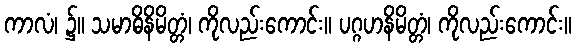
ကာလံ၊ ၌။ သမာဓိနိမိတ္တံ၊ ကိုလည်းကောင်း။ ပဂ္ဂဟနိမိတ္တံ၊ ကိုလည်းကောင်း။